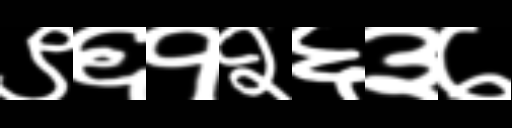
Text: ९६१२६३७